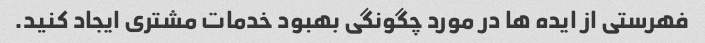
فهرستی از ایده ها در مورد چگونگی بهبود خدمات مشتری ایجاد کنید.